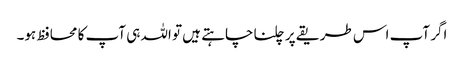
اگر آپ اس طریقے پر چلنا چاہتے ہیں تو اللہ ہی آپ کا محافظ ہو۔